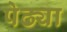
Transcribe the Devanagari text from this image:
पेढ्या